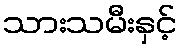
သားသမီးနှင့်